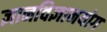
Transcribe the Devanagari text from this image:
ज्ञानविज्ञानयोग